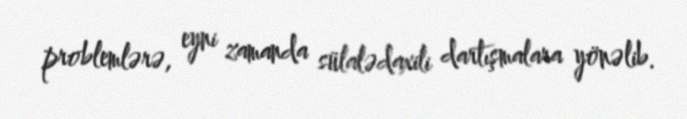
problemlərə, eyni zamanda sülalədaxili dartışmalara yönəlib.